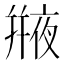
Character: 𠆕